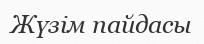
Жүзім пайдасы